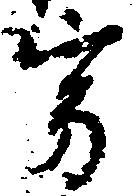
寂